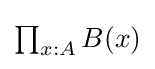
{\textstyle \prod _{x:A}B(x)}